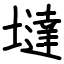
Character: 墶